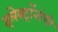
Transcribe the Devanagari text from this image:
इलेक्ट्रॉनांची